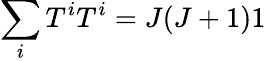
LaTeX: \sum_{i}T^{i}T^{i}=J(J+1)1